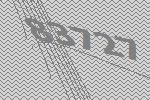
83727